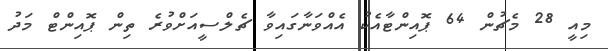
މިއީ 28 މެޗުން 64 ޕޮއިންޓާއެކު އެއްވަނާގައިވާ ޗެލްސީއަށްވުރެ ތިން ޕޮއިންޓް މަދު